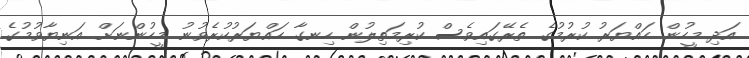
އަދި މީހުން ހައްޔަރު ކުރުމުގެ ތެރޭގައިވެސް ކުރިމަތިލުން ހިނގާ ހައްޔަރުކުރެވުނު މީހުންނަށް އަނިޔާވުމުގެ